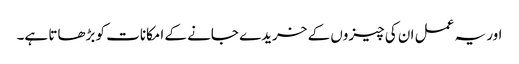
اور یہ عمل ان کی چیزوں کے خریدے جانے کے امکانات کو بڑھاتا ہے۔